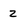
Character: 2